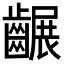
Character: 𪙕